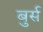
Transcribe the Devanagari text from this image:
बुर्स